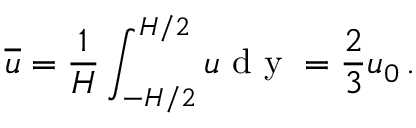
{ \overline { u } } = { \frac { 1 } { H } } \int _ { - H / 2 } ^ { H / 2 } u \mathrm { ~ d ~ y ~ } = { \frac { 2 } { 3 } } u _ { 0 } \, .